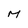
Character: M